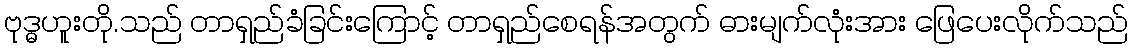
ဗုဒ္ဓဟူးတို.သည် တာရှည်ခံခြင်းကြောင့် တာရှည်စေရန်အတွက် ဓားမျက်လုံးအား ဖြေပေးလိုက်သည်